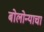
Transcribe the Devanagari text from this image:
बोलोन्याचा